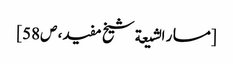
[مسار الشیعة شیخ مفید، ص58]